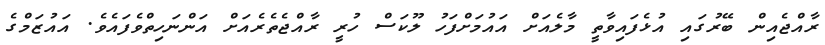
ރާއްޖެއިން ބޭރުގައި އުޅެފައިވާތީ މާލެއަށް އައުމަށްފަހު ލޫކަސް ހުރީ ރާއްޖެތެރެއަށް އަންނަހިތްވެފައެވެ. އައުޒަމްގެ